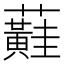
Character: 蘳